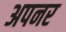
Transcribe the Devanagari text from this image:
अपनर